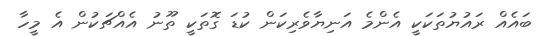
ބައެއް ރައުޔުތަކަކީ އެންމެ އަނިޔާވެރިކަން ކުޑަ ގޮތަކީ ތޫނު އެއްޗަކުން އެ މީހާ